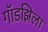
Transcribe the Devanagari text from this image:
गॉडझिला